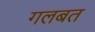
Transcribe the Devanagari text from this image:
गलबत